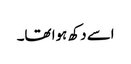
اسے دکھ ہوا تھا۔